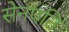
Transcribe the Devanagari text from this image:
सेनपति